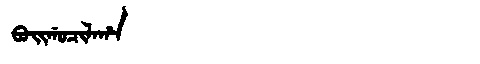
Manchu: ᠪᠣᡳᡤᠣᠴᡳᠯᠠᡥᠠ
Romanization: BOIGOCILAHA